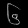
Digit: ၆